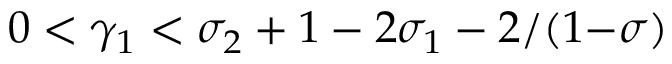
0 < \gamma _ { 1 } < \sigma _ { 2 } + 1 - 2 \sigma _ { 1 } - 2 / ( 1 { - } \sigma )